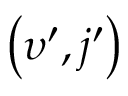
\left( \upsilon ^ { \prime } , j ^ { \prime } \right)